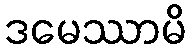
ဒမေဿာမိ